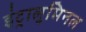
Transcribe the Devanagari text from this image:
इंट्रालुमिनल